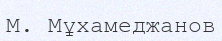
М. Мұхамеджанов